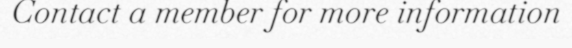
Contact a member for more information